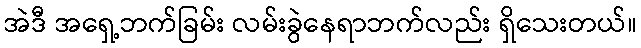
အဲဒီ အရှေ့ဘက်ခြမ်း လမ်းခွဲနေရာဘက်လည်း ရှိသေးတယ်။